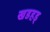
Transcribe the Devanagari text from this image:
खडहड्